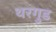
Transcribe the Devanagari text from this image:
थरगुड